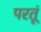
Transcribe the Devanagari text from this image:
परतूं